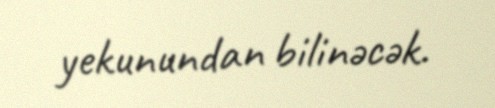
yekunundan bilinəcək.